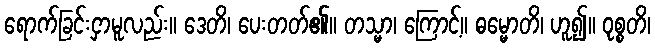
ရောက်ခြင်းငှာမူလည်း။ ဒေတိ၊ ပေးတတ်၏။ တသ္မာ၊ ကြောင့်။ ဓမ္မောတိ၊ ဟူ၍။ ဝုစ္စတိ၊